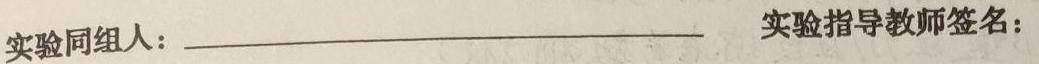
实验同组人：____________________ 实验指导教师签名：